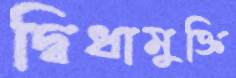
দ্বিধামুক্তি